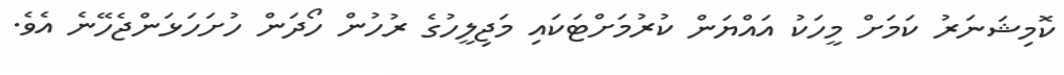
ކޮމިޝަނަރު ކަމަށް މީހަކު އައްޔަން ކުރުމަށްޓަކައި މަޖިލީހުގެ ރުހުން ހޯދަން ހުށަހަޅަންޖެހޭނެ އެވެ.